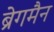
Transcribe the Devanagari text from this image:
ब्रेगमैन